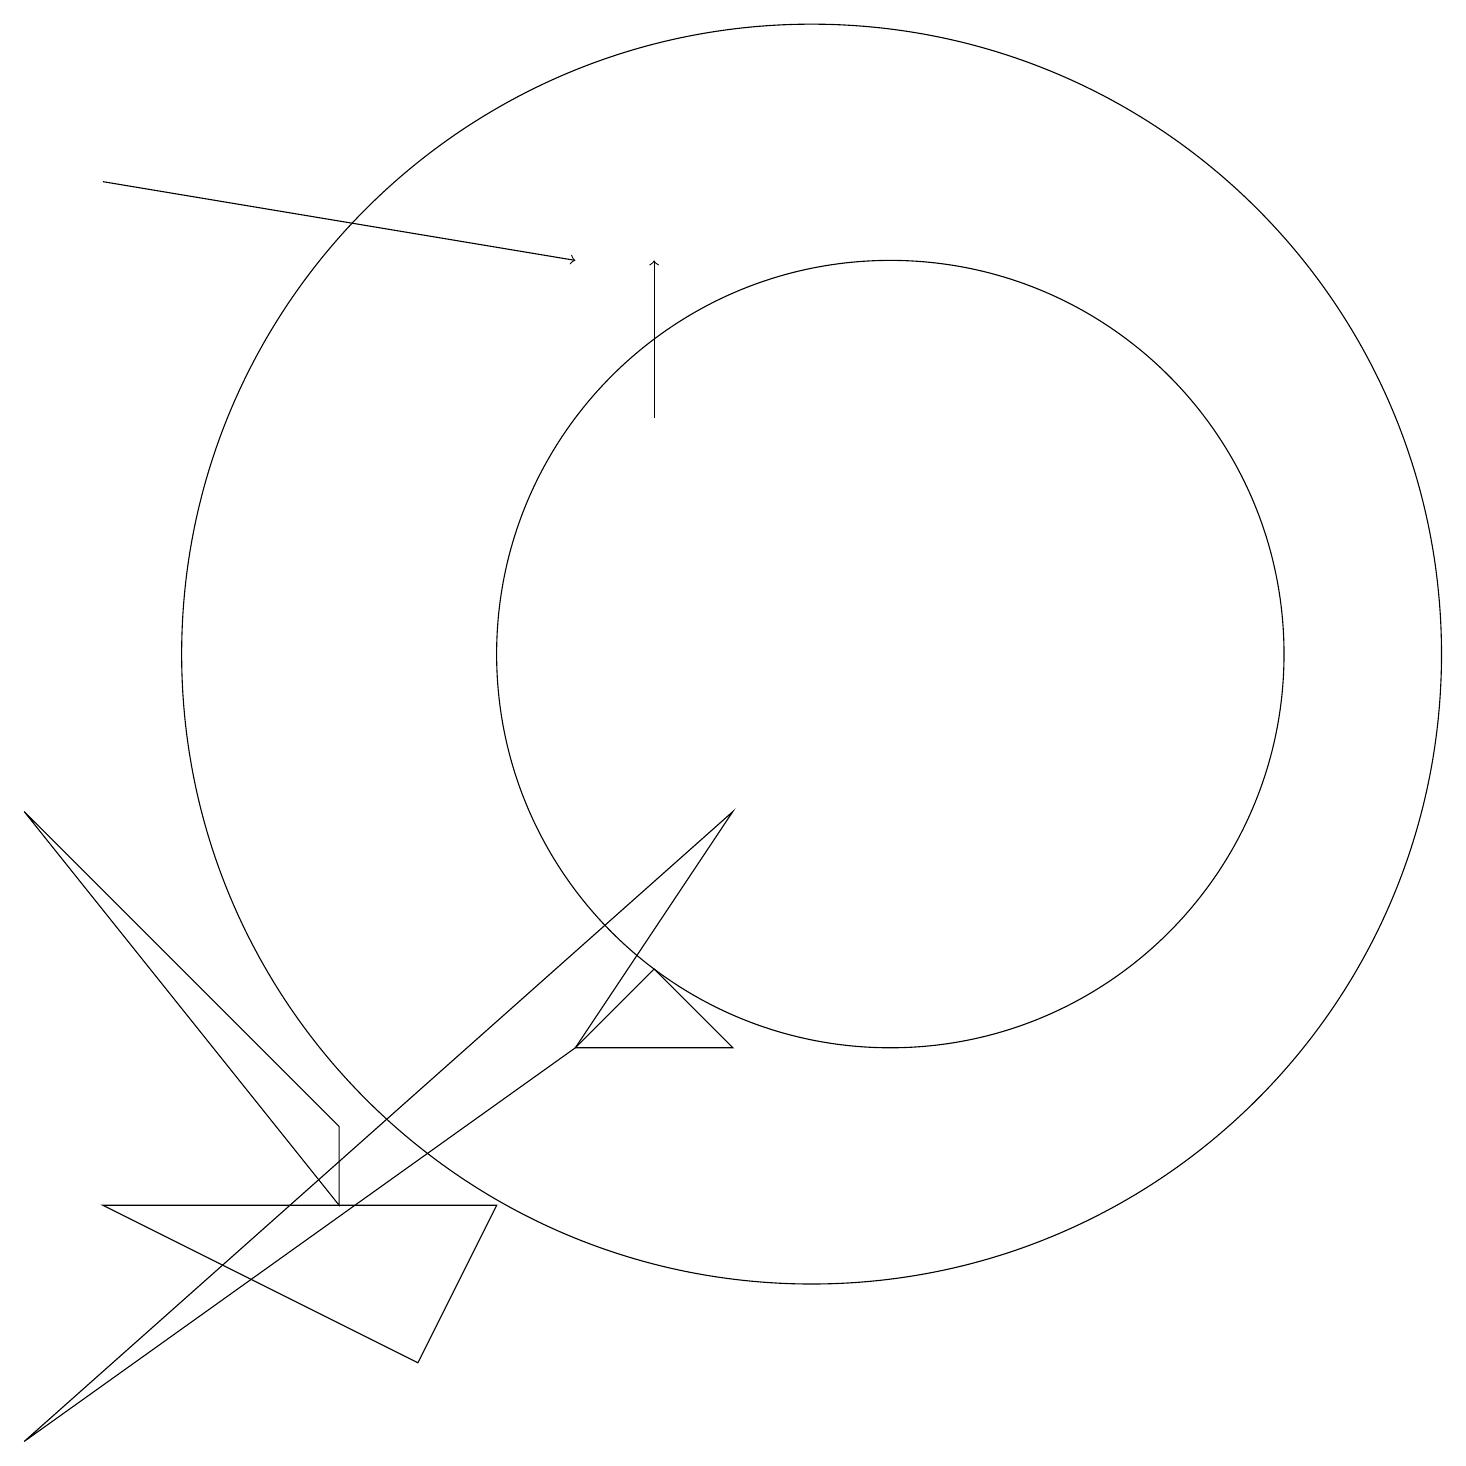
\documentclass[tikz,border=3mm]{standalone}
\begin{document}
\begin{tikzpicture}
\draw[->] (8,14) -- (8,16);
\draw (0,1) -- (9,9) -- (7,6) -- cycle;
\draw (10,11) circle (8);
\draw (0,9) -- (4,4) -- (4,5) -- cycle;
\draw (8,7) -- (9,6) -- (7,6) -- cycle;
\draw (1,4) -- (6,4) -- (5,2) -- cycle;
\draw (11,11) circle (5);
\draw[->] (1,17) -- (7,16);
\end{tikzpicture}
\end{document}